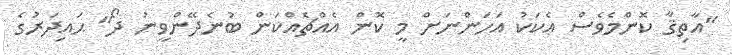
"އާތިޤާ ކޮންމެވެސް އެކަކު އަހަންނަށް މީ ކޮން އެއްޗެއްކަން ބުނެދޭންވީނު ދޯ" ޙައިދަރުގެ